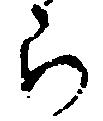
ら